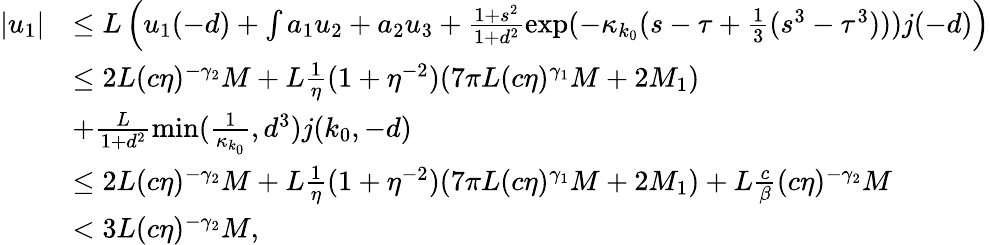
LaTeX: \begin{array}{rl}{\vert u_{1}\vert}&{\le L\left(u_{1}(-d)+\int a_{1}u_{2}+a_{2}u_{3}+\frac{1+s^{2}}{1+d^{2}}\exp(-\kappa_{k_{0}}(s-\tau+\frac 13(s^{3}-\tau^{3})))j(-d)\right)}\\ &{\le 2L(c\eta)^{-\gamma_{2}}M+L\frac 1\eta(1+\eta^{-2})(7\pi L(c\eta)^{\gamma_{1}}M+2M_{1})}\\ &{+\frac L{1+d^{2}}\operatorname*{min}(\frac 1{\kappa_{k_{0}}},d^{3})j(k_{0},-d)}\\ &{\le 2L(c\eta)^{-\gamma_{2}}M+L\frac 1\eta(1+\eta^{-2})(7\pi L(c\eta)^{\gamma_{1}}M+2M_{1})+L\frac c\beta(c\eta)^{-\gamma_{2}}M}\\ &{<3L(c\eta)^{-\gamma_{2}}M,}\end{array}